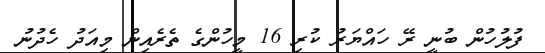
ފުލުހުން ބުނީ ރޭ ހައްޔަރު ކުރި 16 މީހުންގެ ތެރެއިން މިއަދު ހެދުނު